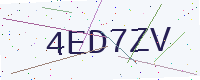
Text: 4ED7ZV